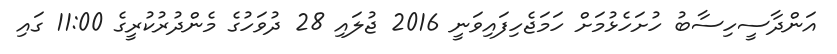
އަންދާސީހިސާބު ހުށަހެޅުމަށް ހަމަޖެހިފައިވަނީ 2016 ޖުލައި 28 ދުވަހުގެ މެންދުރުކުރީގެ 11:00 ގައި